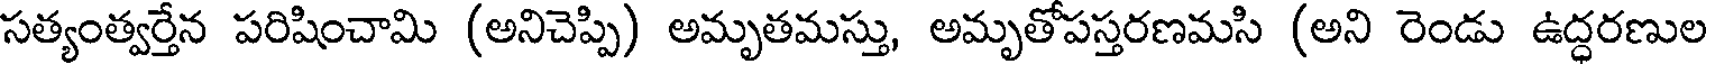
సత్యంత్వర్తేన పరిషించామి (అనిచెప్పి) అమృతమస్తు, అమృతోపస్తరణమసి (అని రెండు ఉద్ధరణుల